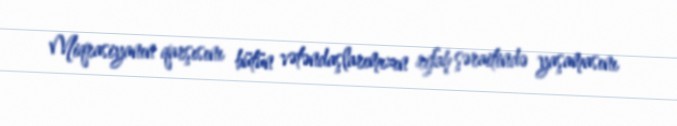
Miqrasiyanın qarşısını bütün vətəndaşlarımızın rifah şəraitində yaşamasını